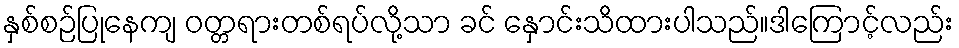
နှစ်စဉ်ပြုနေကျ ဝတ္တရားတစ်ရပ်လို့သာ ခင် နှောင်းသိထားပါသည်။ဒါကြောင့်လည်း